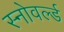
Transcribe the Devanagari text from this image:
स्नोवर्ल्ड